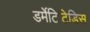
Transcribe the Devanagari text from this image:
डर्मेटिटिडिस